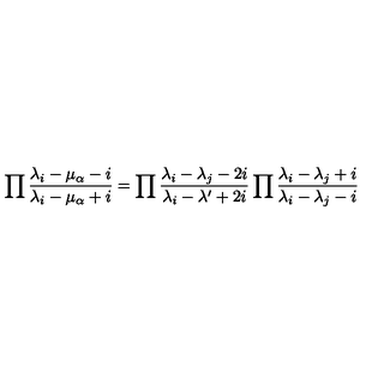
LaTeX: \prod { \frac { \lambda _ { i } - \mu _ { \alpha } - i } { \lambda _ { i } - \mu _ { \alpha } + i } } = \prod { \frac { \lambda _ { i } - \lambda _ { j } - 2 i } { \lambda _ { i } - \lambda ^ { \prime } + 2 i } } \prod { \frac { \lambda _ { i } - \lambda _ { j } + i } { \lambda _ { i } - \lambda _ { j } - i } }